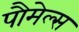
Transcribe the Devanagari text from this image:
पौमेल्स